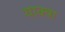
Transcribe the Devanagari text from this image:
याक्त्रा